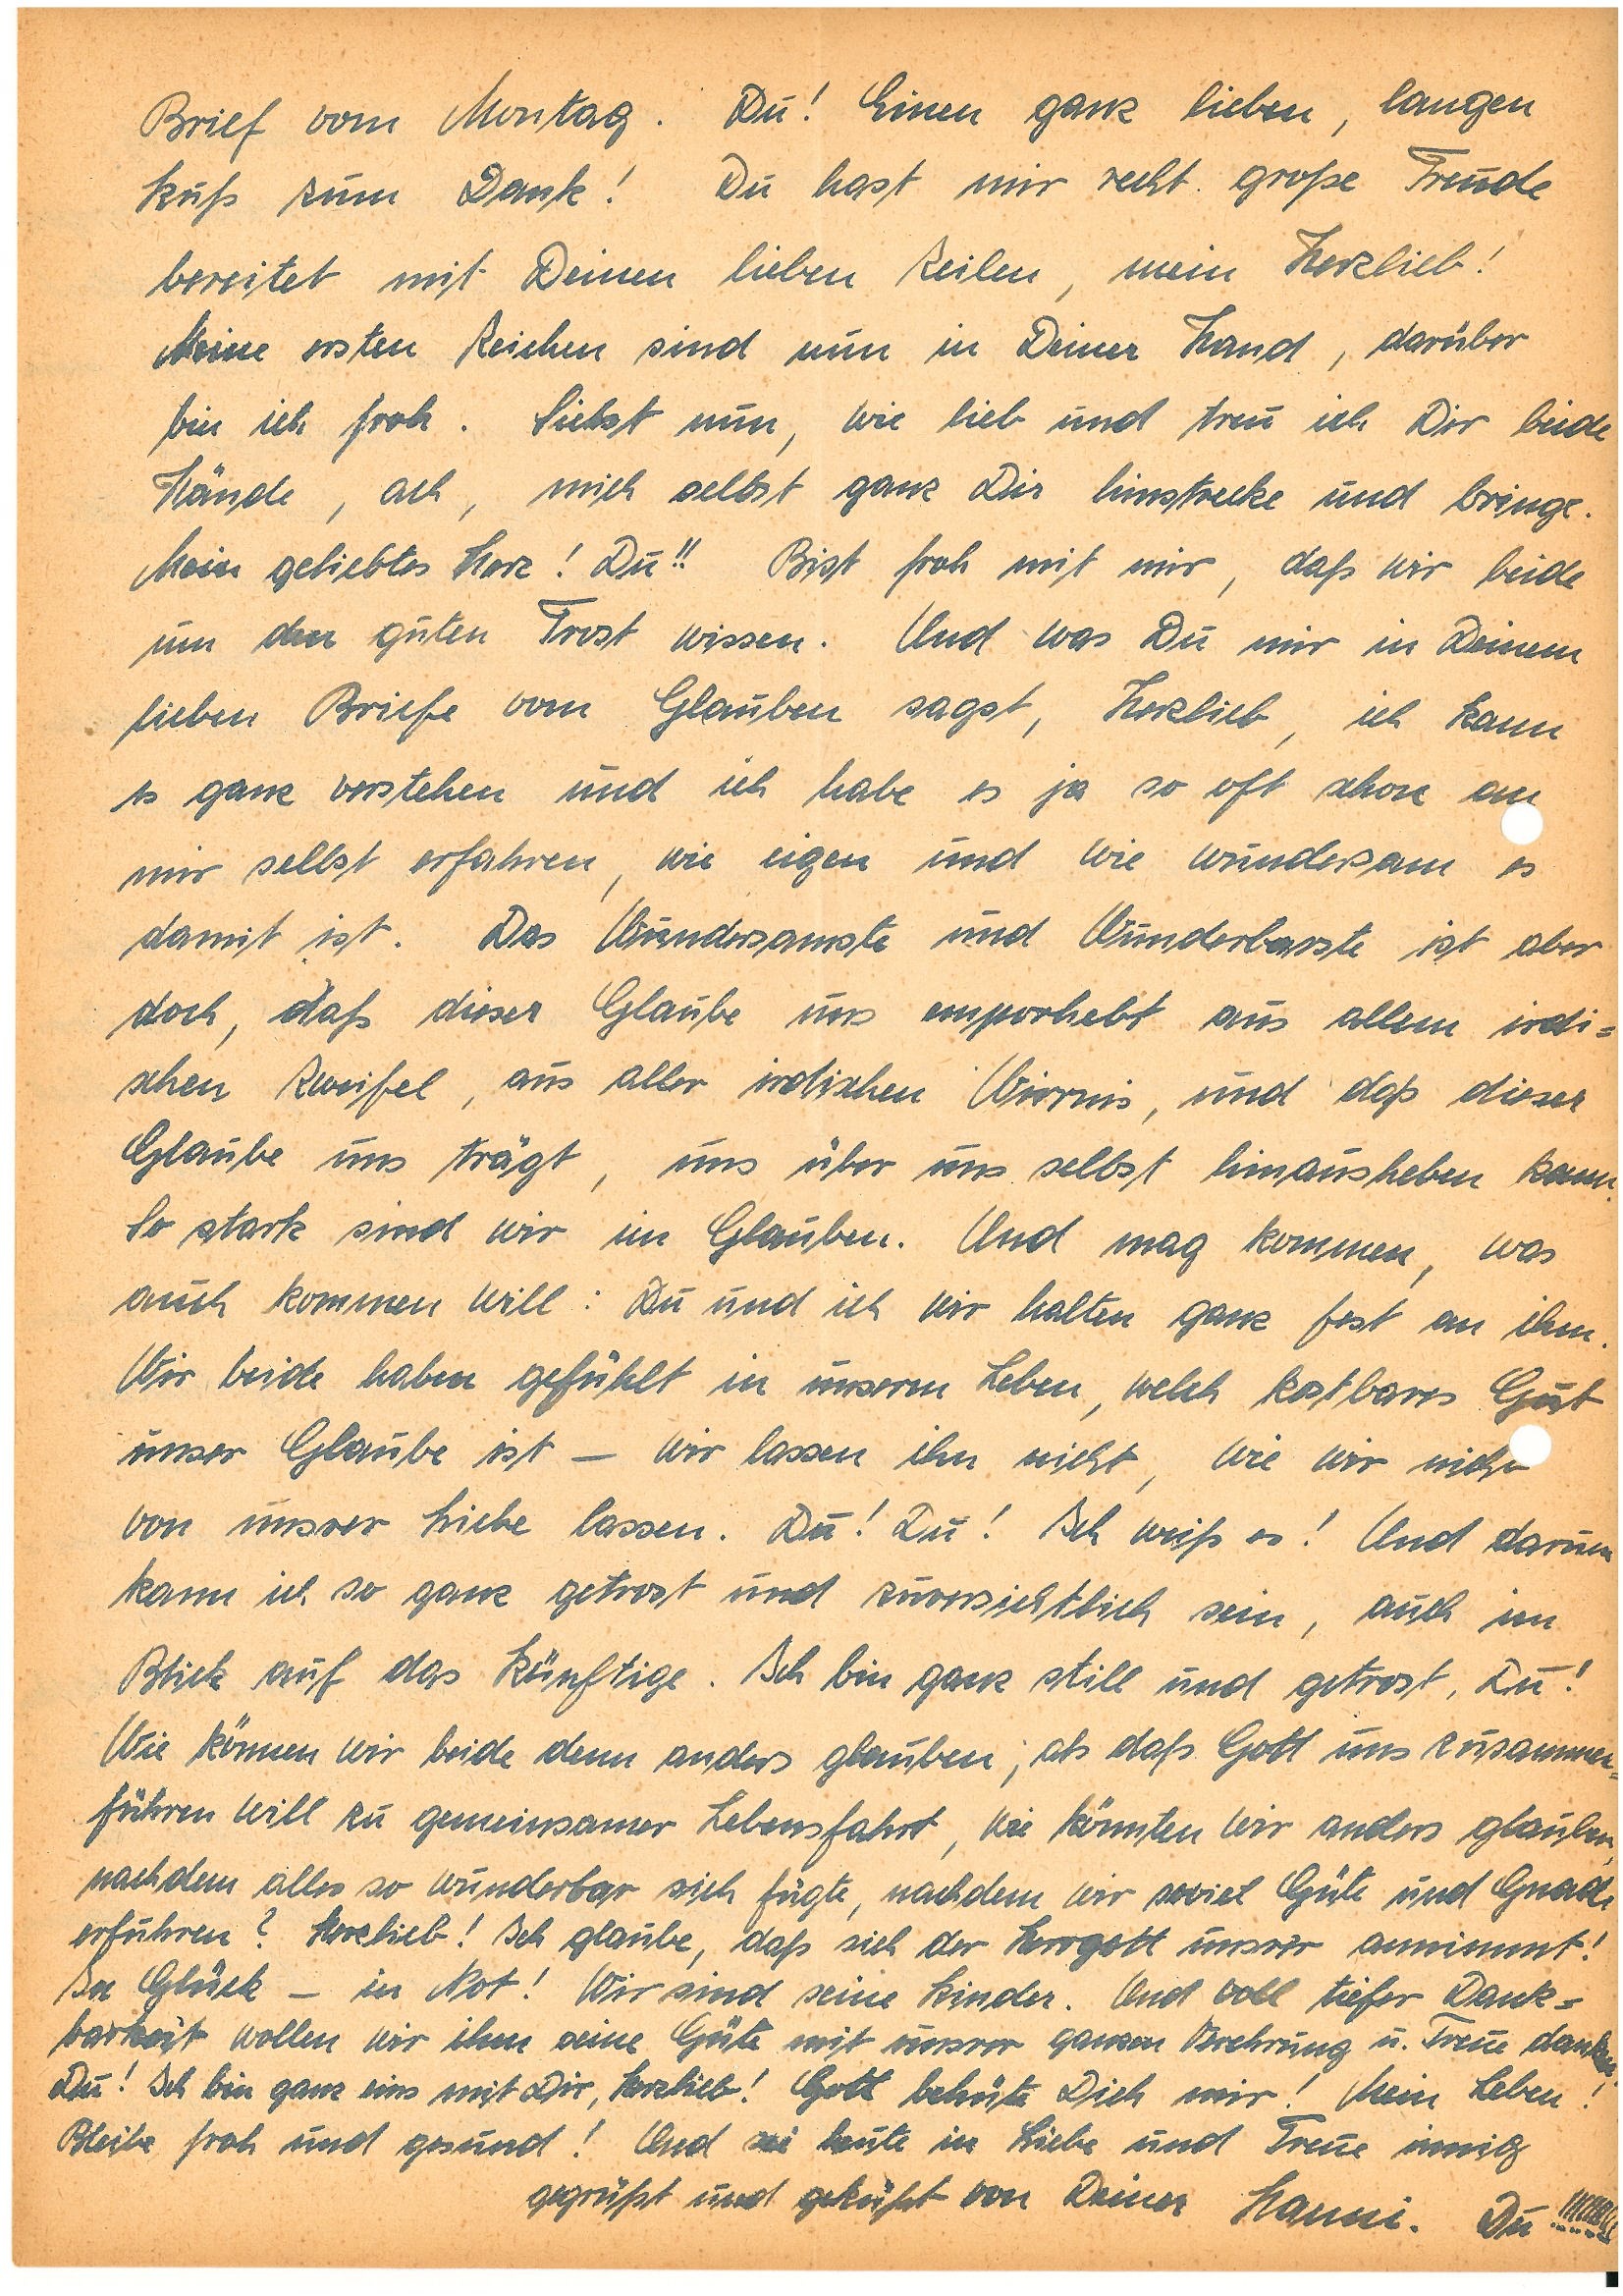
Brief vom Montag. Du! Einen ganz lieben, langen
Kuß zum Dank! Du hast mir recht große Freude
bereitet mit Deinen lieben Zeilen, mein Herzlieb!
Meine ersten Zeichen sind nun in Deiner Hand, darüber
bin ich froh. Siehst nun, wie lieb und treu ich Dir beide
Hände, ach, mich selbst ganz Dir hinstrecke und bringe.
Mein geliebtes Herz! Du!! Bist froh mit mir, daß wir beide
um den guten Trost wissen. Und was Du mir in Deinem
lieben Briefe vom Glauben sagst, Herzlieb, ich kann
es ganz verstehen und ich habe es ja so oft schon an
mir selbst erfahren, wie eigen und wie wundersam es
damit ist. Das Wundersamste und Wunderbarste ist aber
doch, daß dieser Glaube uns emporhebt aus allem irdi¬
schen Zweifel, aus aller irdischen Wirrnis, und daß dieser
Glaube uns trägt, uns über uns selbst hinausheben kann.
So stark sind wir im Glauben. Und mag kommen, was
auch kommen will: Du und ich wir halten ganz fest an ihm.
Wir beide haben gefühlt in unserm Leben, welch kostbares Gut
unser Glaube ist – wir lassen ihn nicht, wie wir nicht
von unsrer Liebe lassen. Du! Du! Ich weiß es! Und darum
kann ich so ganz getrost und zuversichtlich sein, auch im
Blick auf das Künftige. Ich bin ganz still und getrost, Du!
Wie können wir beide dann anders glauben, als daß Gott uns zusammen¬
führen will zu gemeinsamer Lebensfahrt, wie könnten wir anders glauben,
nachdem alles so wunderbar sich fügte, nachdem wir soviel Güte und Gnade
erfuhren? Herzlieb! Ich glaube, daß sich der Herrgott unsrer annimmt!
In Glück – in Not! Wir sind seine Kinder. Und voll tiefer Dank¬
barkeit wollen wir ihm seine Güte mit unsrer ganzen Verehrung u. Treue danken.
Du! Ich bin ganz eins mit Dir, Herzlieb! Gott behüte Dich mir! Mein Leben!
Bleibe froh und gesund! Und sei heute in Liebe und Treue innig
gegrüßt und geküßt von Deiner . Du!!!!!!!!!!!!